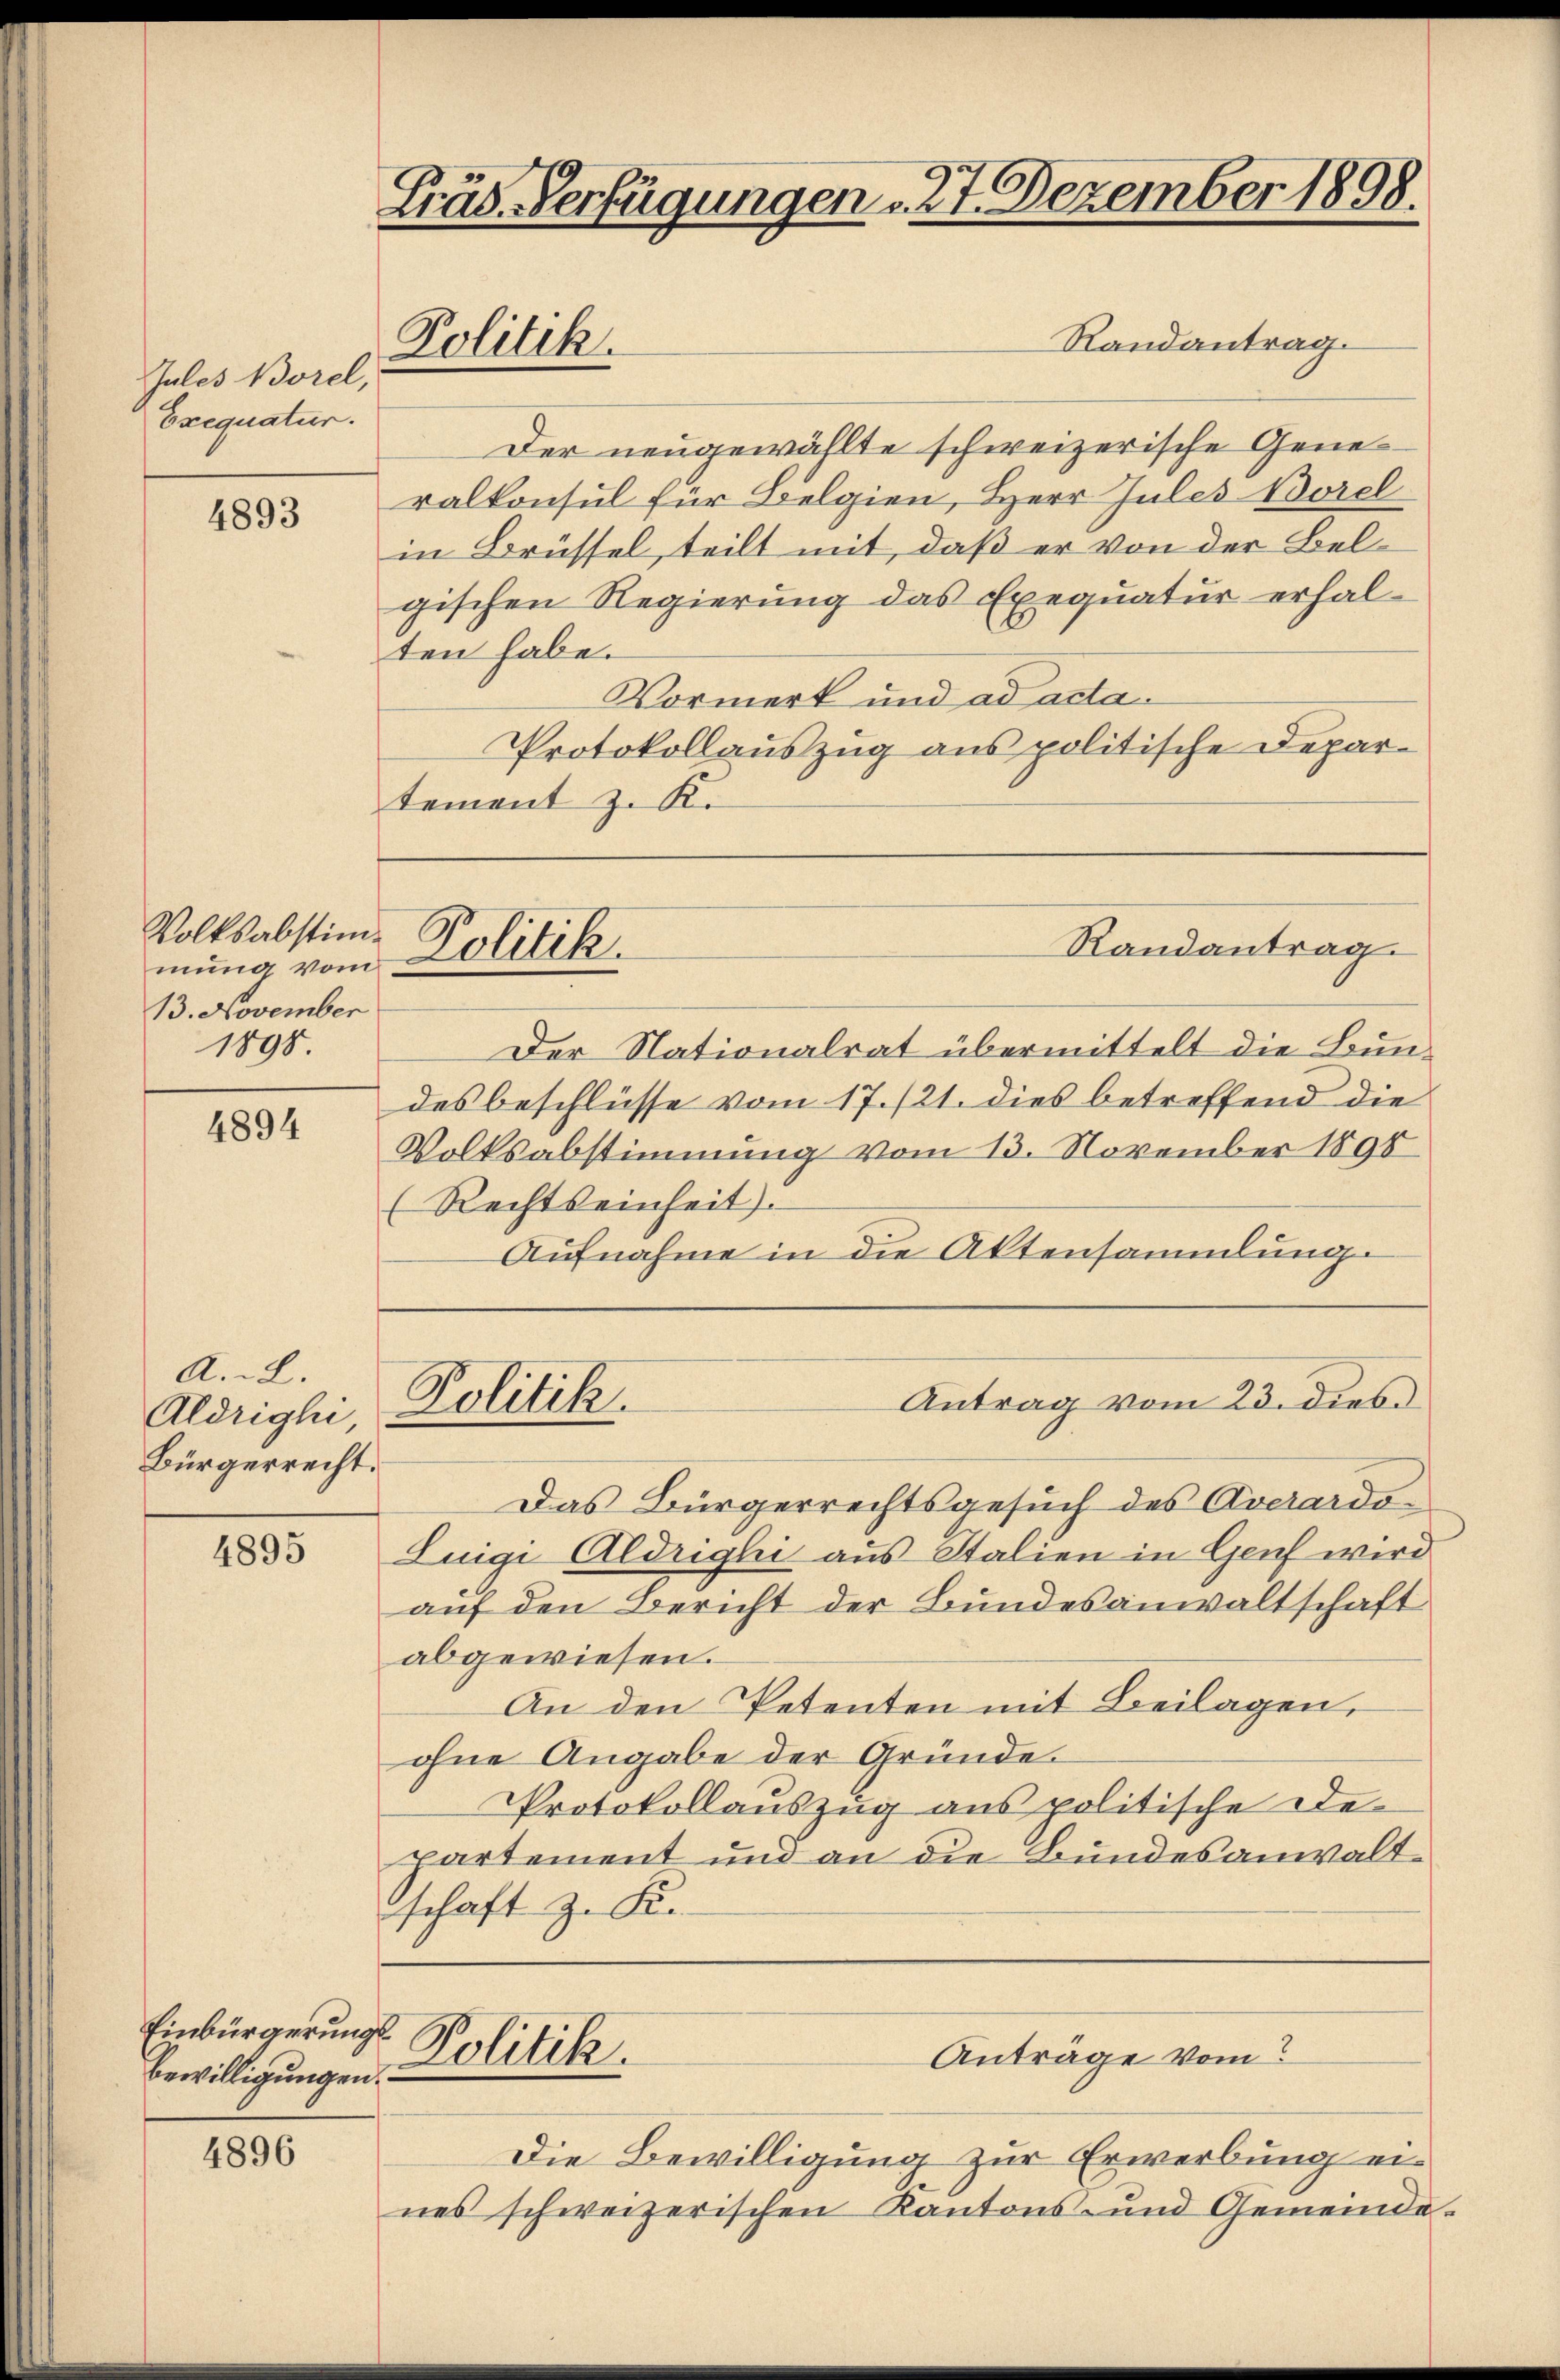
Jules Borel,
Exequatur.

4893

Volksabstimmung vom
13. November
1898.

4894

A..2.
Aldrighi
Bürgerrecht.

4895

Einbürgerungs
Bewilligungen.

4896

Präs. Verfügungen . 27. Dezember 1898.
Randantrag.
Politik.

Der neugewählte schweizerische Generalkonsul für Belgien, Herr Jules Borel
in Brüssel, teilt mit, daß er von der Belgischen Regierung das Exequatur erhal-
ten habe.
Vormerk und ad acta.
Protokollauszug aus politische Departement z. K.

Politik.

Der Nationalrat übermittelt die Bundes beschlüsse vom 17./21. dies betreffend die
Volksabstimmung vom 13. November 1890
(Rechtseinheit)
Aufnahme in die Aktensammlung

Politik.

Das Bürgerrechtsgesuch des Averardo-
Luigi Aldrighi aus Stalien in Genf wird
auf den Bericht der Bundesanwaltschaft
abgewiesen.
An den Petenten mit Beilagen,
ohne Angabe der Gründe.
Protokollauszug aus politische Departement und an die Bundesanwaltschaft z. Kr.

Politik.

Randantrag

Antrag vom 23. dies.

Anträge vom

Die Bewilligung zur Erwerbung eines schweizerischen Kantons- und Gemeinde-